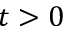
t > 0